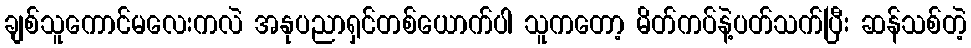
ချစ်သူကောင်မလေးကလဲ အနုပညာရှင်တစ်ယောက်ပါ သူကတော့ မိတ်ကပ်နဲ့ပတ်သက်ပြီး ဆန်သစ်တဲ့